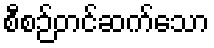
စီစဉ်တင်ဆက်သော